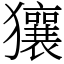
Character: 獽